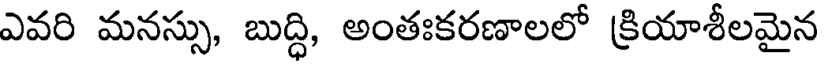
ఎవరి మనస్సు, బుద్ధి, అంతఃకరణాలలో క్రియాశీలమైన